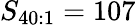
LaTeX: S_{40:1}=107